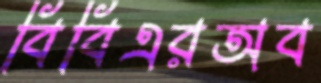
বিবিএরঅব